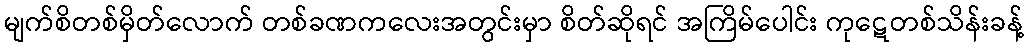
မျက်စိတစ်မှိတ်လောက် တစ်ခဏကလေးအတွင်းမှာ စိတ်ဆိုရင် အကြိမ်ပေါင်း ကုဋေတစ်သိန်းခန့်